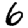
Digit: 6